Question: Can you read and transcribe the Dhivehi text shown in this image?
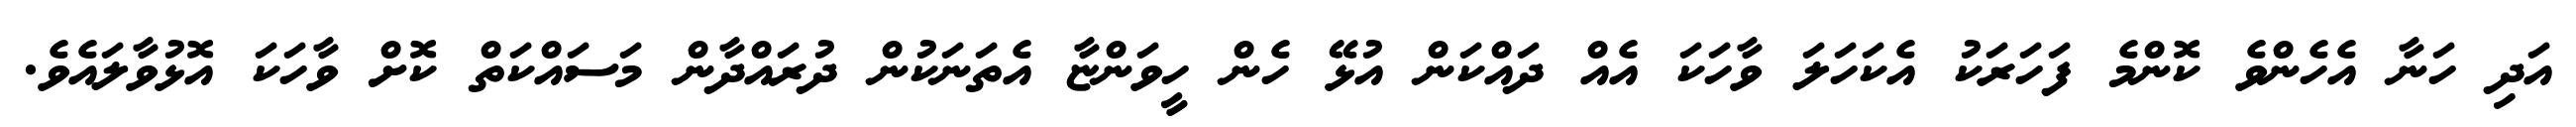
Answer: އަދި ހަނާ އެހެންވެ ކޮންމެ ފަހަރަކު އެކަހަލަ ވާހަކަ އެއް ދައްކަން އުޅޭ ހެން ހީވަންޏާ އެތަނަކުން ދުރައްދާން މަސައްކަތް ކޮށް ވާހަކަ އޮޅުވާލައެވެ.